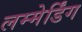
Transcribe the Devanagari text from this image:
लम्मेर्डिंग